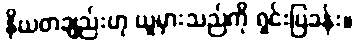
နိယတချည်းဟု ယူမှားသည်ကို ရှင်းပြခန်း။